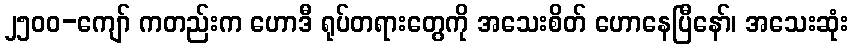
၂၅၀၀-ကျော် ကတည်းက ဟောဒီ ရုပ်တရားတွေကို အသေးစိတ် ဟောနေပြီနော်၊ အသေးဆုံး